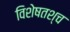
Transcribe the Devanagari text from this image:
विशेषतश्च